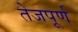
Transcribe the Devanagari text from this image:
तेजपूर्ण